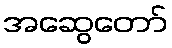
အဆွေတော်